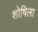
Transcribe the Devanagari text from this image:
शोषिला